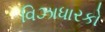
વિઝાધારકો